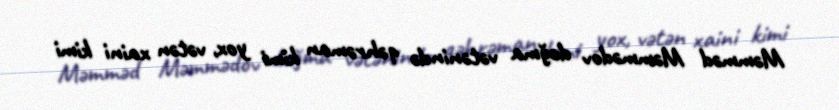
Məmməd Məmmədov doğma vətənində qəhrəman kimi yox, vətən xaini kimi